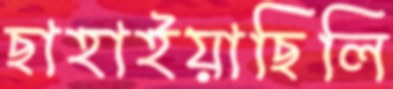
ছাহাইয়াছিলি